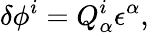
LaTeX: \delta\phi^{i}=Q_{\alpha}^{i}\epsilon^{\alpha},